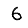
Digit: 6